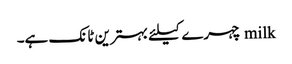
milk چہرے کیلئے بہترین ٹانک ہے۔